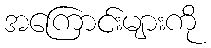
အကြောင်းများကို